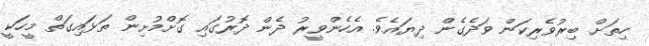
ހިތަށް ބިރުވެރިކަން ވަދެގެން ދިޔައެވެ. އެހެންވީރު ދެން ދޮރުގައި ގޮށްމުށިން ތަޅައިގަތް މީހަކީ